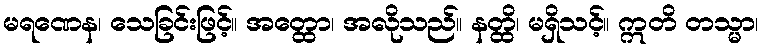
မရဏေန၊ သေခြင်းဖြင့်။ အတ္ထော၊ အလိုသည်။ နတ္ထိ၊ မရှိသင့်။ ဣတိ တသ္မာ၊